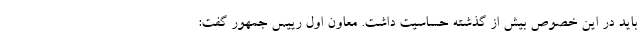
باید در این خصوص بیش از گذشته حساسیت داشت. معاون اول رییس جمهور گفت: